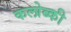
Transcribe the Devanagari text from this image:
कलोब्की